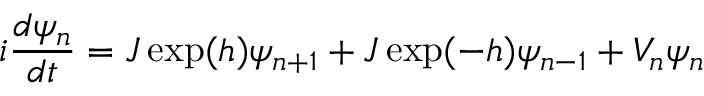
i \frac { d \psi _ { n } } { d t } = J \exp ( h ) \psi _ { n + 1 } + J \exp ( - h ) \psi _ { n - 1 } + V _ { n } \psi _ { n }